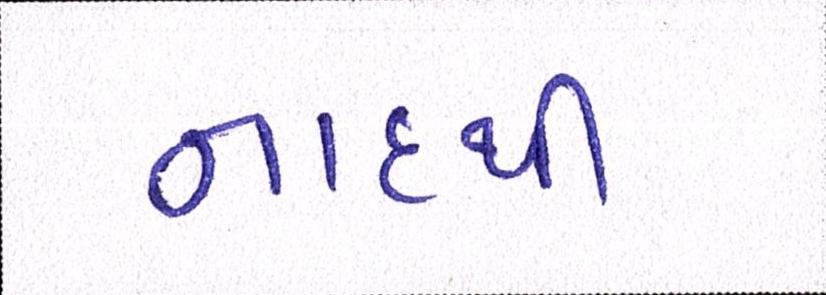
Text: નાદથી